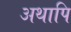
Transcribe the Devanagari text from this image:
अथापि